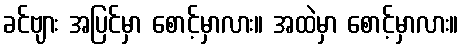
ခင်ဗျား အပြင်မှာ စောင့်မှာလား။ အထဲမှာ စောင့်မှာလား။